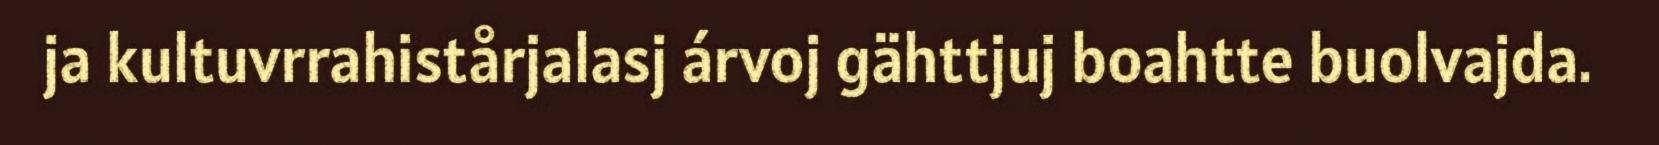
ja kultuvrrahistårjalasj árvoj gähttjuj boahtte buolvajda.